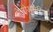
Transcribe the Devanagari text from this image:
मेसोअमेरिल